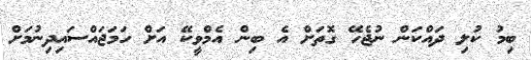
ބިމު ކުލި ދައްކަން ނުޖެހޭ ގޮތަށް އެ ބިން އެމްވީކޭ އަށް ހަމަޖައްސައިދިނުމަށް